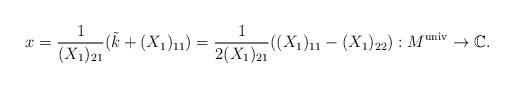
LaTeX: \begin{align*}x= \frac{1}{(X_{1})_{21}} (\tilde{k} + (X_{1})_{11}) = \frac{1}{2 (X_{1})_{21}}( (X_{1})_{11} - (X_{1})_{22}) :M^{\mathrm{univ}} \rightarrow \mathbb{C} .\end{align*}